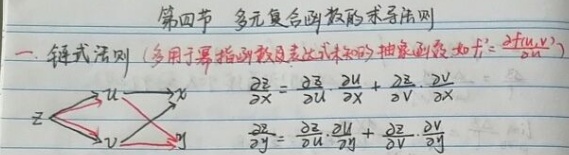
第四节 多元复合函数的求导法则

一、链式法则（多用于幂指函数及表达式未知的抽象函数如 \(z = f(u,v)\)）

\[
\begin{align*}
\frac{\partial z}{\partial x}&=\frac{\partial z}{\partial u}\frac{\partial u}{\partial x}+\frac{\partial z}{\partial v}\frac{\partial v}{\partial x}\\
\frac{\partial z}{\partial y}&=\frac{\partial z}{\partial u}\frac{\partial u}{\partial y}+\frac{\partial z}{\partial v}\frac{\partial v}{\partial y}
\end{align*}
\]

（此处有 \(z\)、\(u\)、\(v\)、\(x\)、\(y\) 关系的箭头图示）